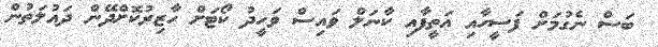
ބަސް ނެގުމަށް ފަސީހާއި އަތީފާއި ކާނަލް ވައިސް ވަހީދު ކޯޓަށް ހާޒިރުކޮށްދޭން ދައުލަތުން